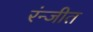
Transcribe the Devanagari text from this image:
रंन्जीत